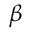
\beta